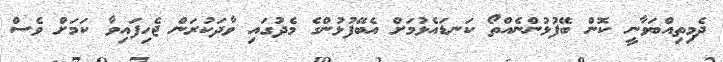
ދެމިތިއްބަވާނީ ކޮން ބޭފުޅުންނެއްތޯ ކަނޑައެޅުމަށް އެބޭފުޅުންގެ މެދުގައި ވާދަކުރަން ޖެހިފައިވާ ކަމަށް ވެސް